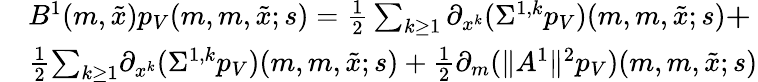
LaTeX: \begin{array}{rl}&{B^{1}(m,\tilde{x})p_{V}(m,m,\tilde{x};s)=\frac{1}{2}\sum_{k\geq 1}\partial_{x^{k}}(\Sigma^{1,k}p_{V})(m,m,\tilde{x};s){\mathbf+}}\\ &{\frac{1}{2}{\sum_{k\geq 1}}\partial_{x^{k}}(\Sigma^{1,k}p_{V})(m,m,\tilde{x};s)+\frac{1}{2}{{\partial_{m}(\| A^{1}\| ^{2}}{p_{V}})}(m,m,\tilde{x};s)}\end{array}